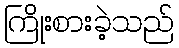
ကြိုးစားခဲ့သည်